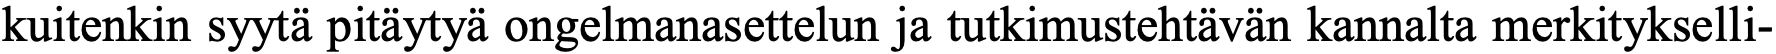
kuitenkin syytä pitäytyä ongelmanasettelun ja tutkimustehtävän kannalta merkitykselli-